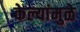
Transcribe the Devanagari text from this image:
केल्यांमुळे